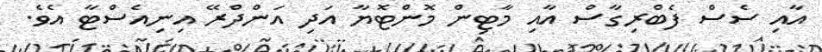
އާއި ސެސް ފެބްރިގާސް އާއި މާޓިން މޮންޓޮޔާ އަދި އަންދްރޭ އިނިއެސްޓާ އެވެ.